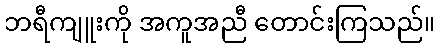
ဘရီကျူးကို အကူအညီ တောင်းကြသည်။